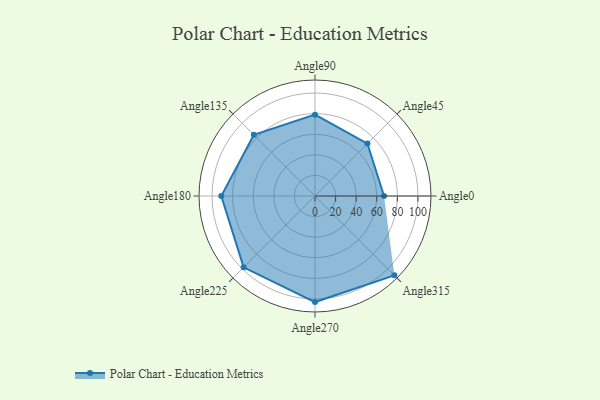
{"axis": {"x": "Angle", "y": "Radius"}, "legend": [""], "data": [{"x": "Angle0", "y": 67.0, "type": ""}, {"x": "Angle45", "y": 72.0, "type": ""}, {"x": "Angle90", "y": 79.0, "type": ""}, {"x": "Angle135", "y": 84.0, "type": ""}, {"x": "Angle180", "y": 91.0, "type": ""}, {"x": "Angle225", "y": 98.0, "type": ""}, {"x": "Angle270", "y": 103.0, "type": ""}, {"x": "Angle315", "y": 109.0, "type": ""}]}